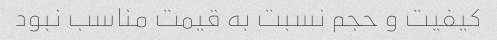
کیفیت و حجم نسبت به قیمت مناسب نبود